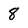
Character: 8